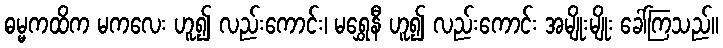
ဓမ္မကထိက မကလေး ဟူ၍ လည်းကောင်း၊ မရွှေနီ ဟူ၍ လည်းကောင်း အမျိုးမျိုး ခေါ်ကြသည်။